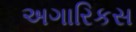
અગારિકસ